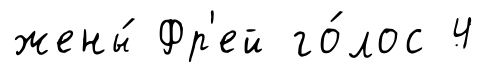
жены́ Фр'ей го́лос 4